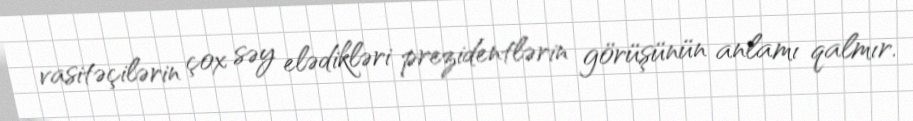
vasitəçilərin çox səy elədikləri prezidentlərin görüşünün anlamı qalmır.